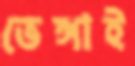
ভেঙ্গাই